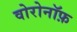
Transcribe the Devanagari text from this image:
वोरोनॉफ़